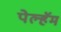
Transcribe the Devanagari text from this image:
पेल्हॅम